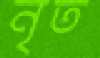
নৃত